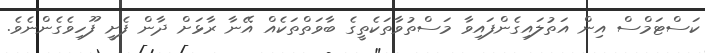
ކަސްޓަމްސް އިން އަތުލައިގެންފައިވާ މަސްތުވާތަކެތީގެ ބާވަތްތަކެއް އޭނާ ރާޅަށް ދާން ފެށީ ފޫހިވެގެންނެވެ.